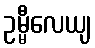
ဥမ္မီလေယျ